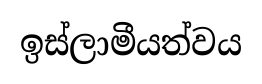
ඉස්ලාමීයත්වය